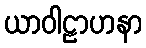
ယာဝါဠာဟနာ